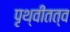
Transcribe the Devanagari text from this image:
पृथ्वीतत्व